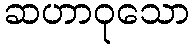
ဆဟာဝုသော